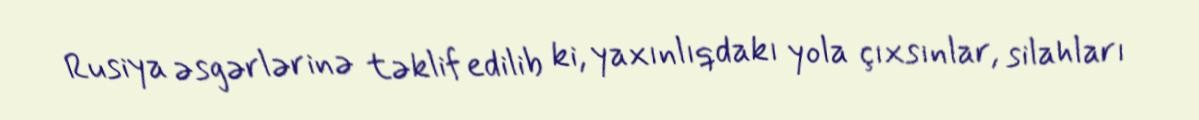
Rusiya əsgərlərinə təklif edilib ki, yaxınlıqdakı yola çıxsınlar, silahları